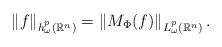
LaTeX: \begin{align*}\left \|f\right \|_{h_{\omega}^{p}(\mathbb{R}^{n})}=\left \| M_{\Phi}(f) \right \|_{L_{\omega}^{p}(\mathbb {R}^{n})}.\end{align*}